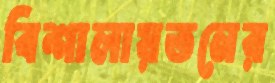
বিশালায়তনের